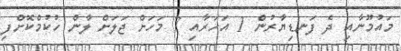
މައުމޫނާއި ދެ ފަނޑިޔާރުން 1 އަހަރާއި 7 މަހަށް ޖަލަށް ލާން ހުކުމްކޮށްފި